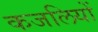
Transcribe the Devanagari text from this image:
कजलियों